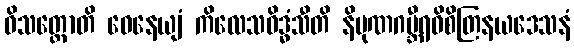
ဝိသတ္တောတိ ဝေနေယျံ ကိလေသဝိဒ္ဓံသီတိ နိပုဏဂမ္ဘီရဝိစိတြနယဒေသနံ